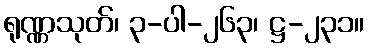
ရုဏ္ဏသုတ်၊ ၃-ပါ-၂၆၃၊ ဋ္ဌ-၂၃၁။